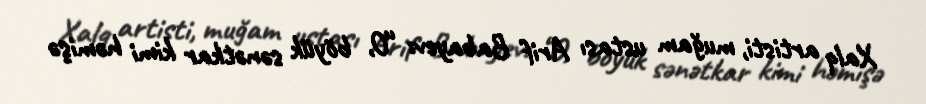
Xalq artisti, muğam ustası Arif Babayev: “O, böyük sənətkar kimi həmişə